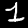
Digit: 1